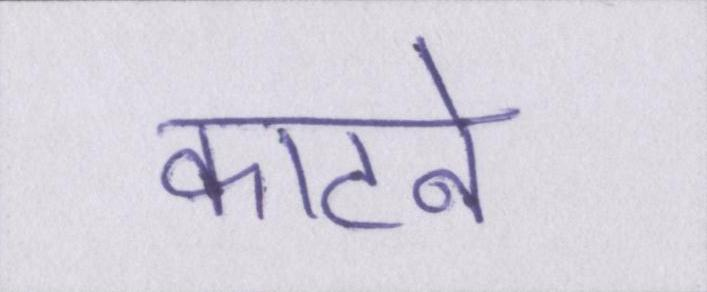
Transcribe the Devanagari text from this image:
काटने